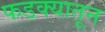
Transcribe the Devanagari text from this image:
फडक्यातून